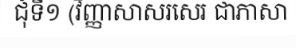
ជុំទី១ (វិញ្ញាសាសរសេរ ជាភាសា